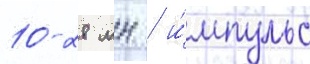
10-28 мн / и́мпульс